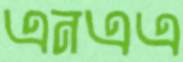
এনএএ